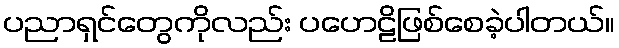
ပညာရှင်တွေကိုလည်း ပဟေဠိဖြစ်စေခဲ့ပါတယ်။